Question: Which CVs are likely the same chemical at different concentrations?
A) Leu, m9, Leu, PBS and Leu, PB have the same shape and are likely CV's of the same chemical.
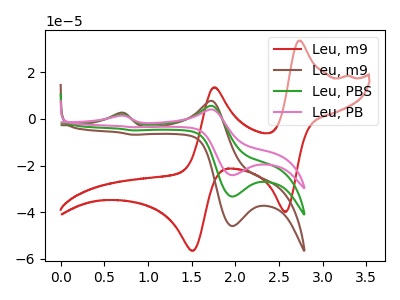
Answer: <think>The red curve "Leu, m9" has anodic peaks at (2.75V, 33.55uA) (1.75V, 13.55uA) and cathodic peaks at (2.60V, -39.85uA) (1.50V, -56.50uA). The brown curve "Leu, m9" has anodic peaks at (0.70V, 2.60uA) (1.75V, 7.75uA) and cathodic peaks at (1.95V, -45.95uA) (0.85V, -6.80uA). The green curve "Leu, PBS" has anodic peaks at (0.70V, 1.90uA) (1.75V, 5.60uA) and cathodic peaks at (1.95V, -33.30uA) (0.85V, -4.95uA). The pink curve "Leu, PB" has anodic peaks at (0.70V, 3.80uA) (1.75V, 11.20uA) and cathodic peaks at (1.95V, -66.55uA) (0.85V, -9.85uA).
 "Leu, m9" and "Leu, m9" have at least one peak that do not match. "Leu, m9" and "Leu, PBS" have at least one peak that do not match. "Leu, m9" and "Leu, PB" have at least one peak that do not match. All the peaks in "Leu, m9" have a peak in "Leu, PBS" at the same potential. Every peak in "Leu, m9" is higher than every peak in "Leu, PBS". All the peaks in "Leu, m9" have a peak in "Leu, PB" at the same potential. Every peak in "Leu, m9" is lower than every peak in "Leu, PB". All the peaks in "Leu, PBS" have a peak in "Leu, PB" at the same potential. Every peak in "Leu, PBS" is lower than every peak in "Leu, PB".</think>
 <answer>A) "Leu, m9", "Leu, PBS" and "Leu, PB" have the same shape and are likely CV's of the same chemical.</answer>
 <eval>A</eval>